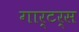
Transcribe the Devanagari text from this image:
गार्टर्स